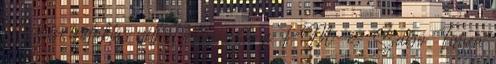
hét elején indoklás nélkül leszavazta a PM-es Szabó Tímea